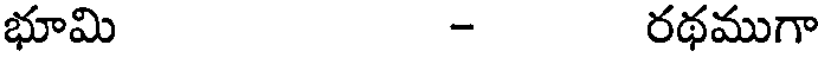
భూమి - రథముగా